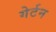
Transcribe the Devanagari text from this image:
गेर्टन